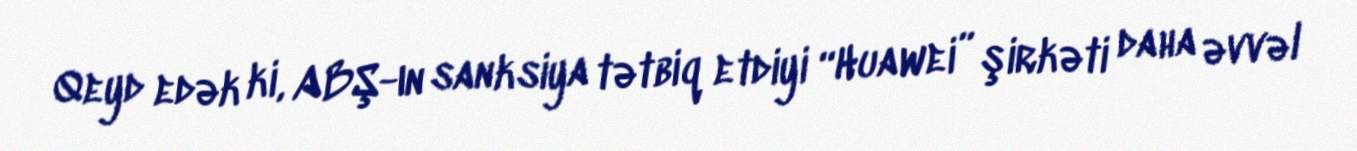
Qeyd edək ki, ABŞ-ın sanksiya tətbiq etdiyi “Huawei” şirkəti daha əvvəl